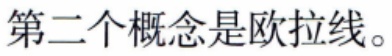
第二个概念是欧拉线。